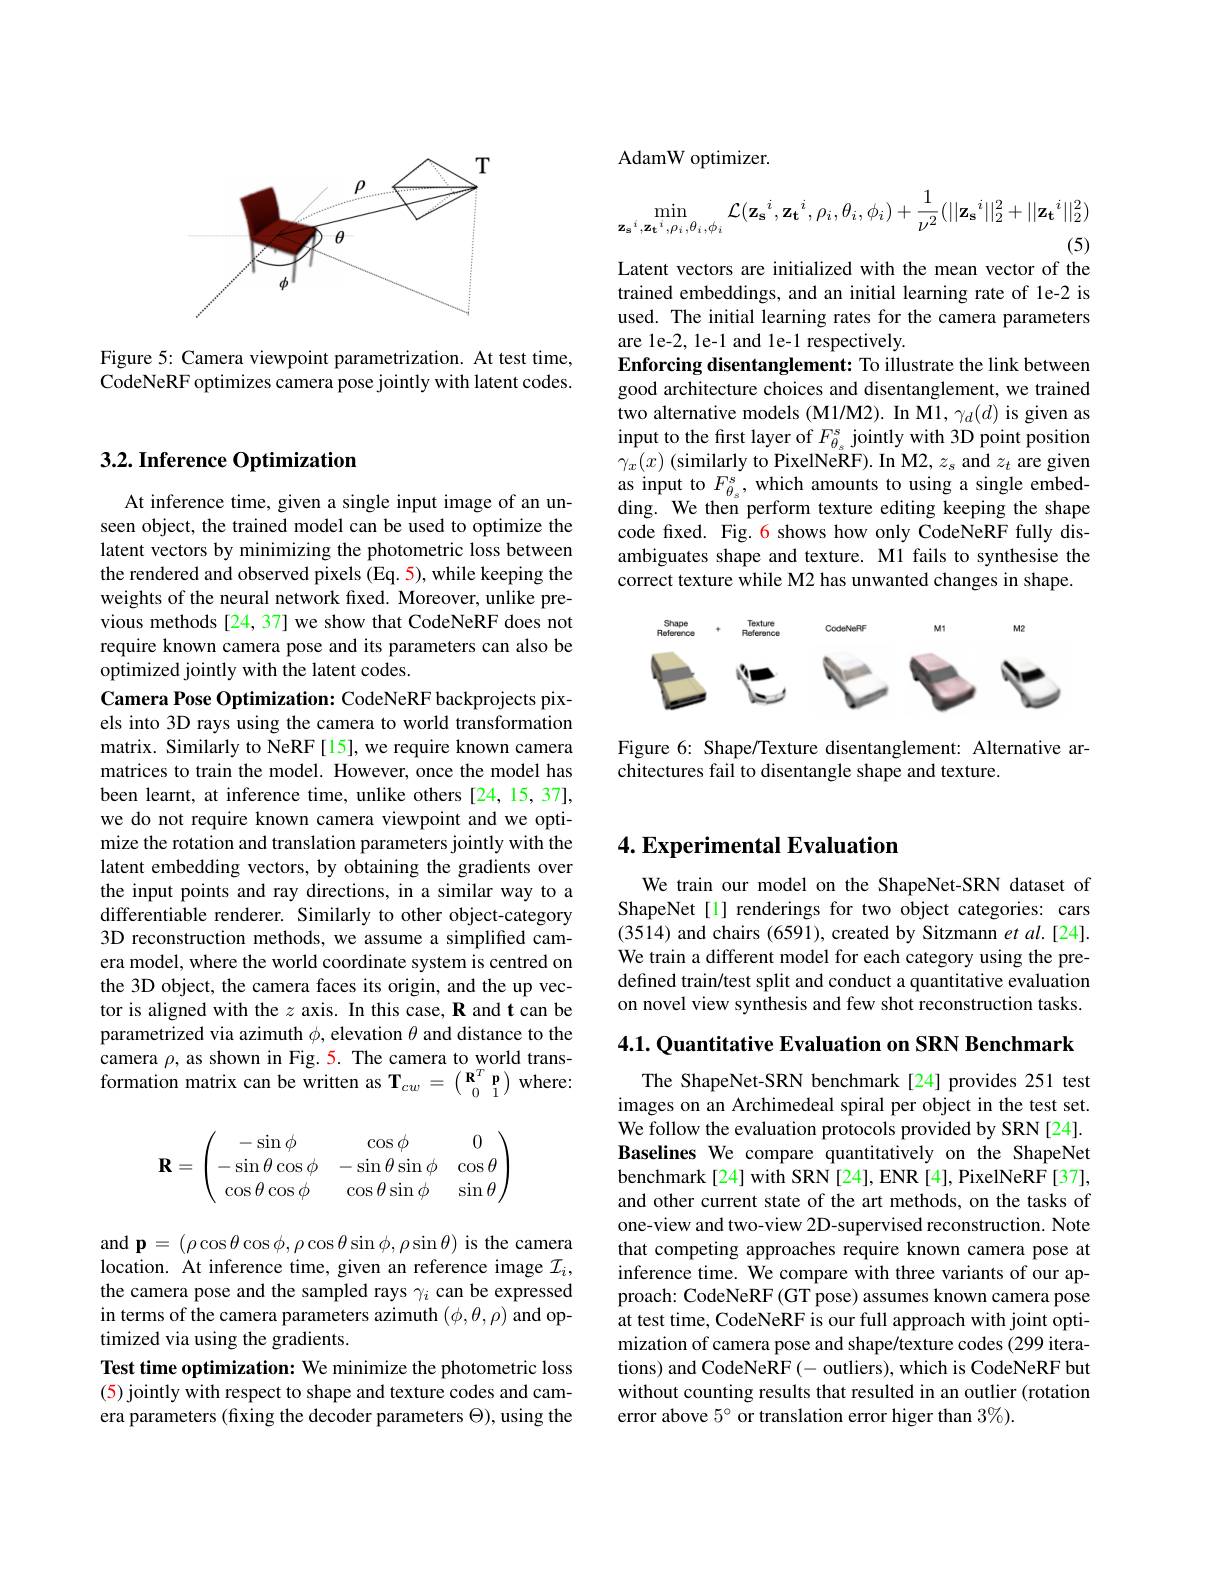
<FigureHere>

Figure 5: Camera viewpoint parametrization. At test time, CodeNeRF optimizes camera pose jointly with latent codes.

AdamW optimizer.
$$\min_{\mathbf{z_{s}}^{i},\mathbf{z_{t}}^{i},\rho_{i},\theta_{i},\phi_{i}}\mathcal{L}(\mathbf{z_{s}}^{i},\mathbf{z_{t}}^{i},\rho_{i},\theta_{i},\phi_{i})+\frac{1}{\nu^{2}}(||\mathbf{z_{s}}^{i}||_{2}^{2}+||\mathbf{z_{t}}^{i}||_{2}^{2})$$
(5)

Latent vectors are initialized with the mean vector of the trained embeddings, and an initial learning rate of 1e-2 is used. The initial learning rates for the camera parameters are le-2, le-1 and le-1 respectively.
Enforcing disentanglement: To illustrate the link between good architecture choices and disentanglement, we trained two alternative models (M1/M2). In M1, $\gamma_d(d)$ is given as input to the first layer of $F_{\theta_s}^{s}$ jointly with 3D point position $\gamma_{x}(x)$ (similarly to PixelNeRF). In M2, $z_s$ and $z_t$ are given as input to $F_{\theta_{s}}^{s}$, which amounts to using a single embedding. We then perform texture editing keeping the shape code fixed. Fig. 6 shows how only CodeNeRF fully disambiguates shape and texture. Ml fails to synthesise the correct texture while M2 has unwanted changes in shape.

<FigureHere>

Figure 6: Shape/Texture disentanglement: Alternative ar-
chitectures fail to disentangle shape and texture.

### $3. 2. \textbf{ Inference Optimization}$

At inference time, given a single input image of an unseen object, the trained model can be used to optimize the latent vectors by minimizing the photometric loss between the rendered and observed pixels (Eq. 5), while keeping the weights of the neural network fixed. Moreover, unlike previous methods [24, 37] we show that CodeNeRF does not require known camera pose and its parameters can also be optimized jointly with the latent codes.
Camera Pose Optimization: CodeNeRF backprojects pixels into 3D rays using the camera to world transformation matrix. Similarly to NeRF[15], we require known camera matrices to train the model. However, once the model has been learnt, at inference time, unlike others [24,15,37], we do not require known camera viewpoint and we optimize the rotation and translation parameters jointly with the latent embedding vectors, by obtaining the gradients over the input points and ray directions, in a similar way to a differentiable renderer. Similarly to other object-category 3D reconstruction methods, we assume a simplified camera model, where the world coordinate system is centred on the 3D object, the camera faces its origin, and the up vector is aligned with the $z$ axis. In this case, R and t can be parametrized via azimuth $\phi$, elevation $\theta$ and distance to the camera $\rho$, as shown in Fig. 5. The camera to world transformation matrix can be written as $\mathbf{T}_{cw}=\left(\begin{array}{cc}\mathbf{R}^{T}&\mathbf{p}\\0&1\end{array}\right)$ where:
$$\mathbf{R}=\begin{pmatrix}-\sin\phi&\cos\phi&0\\-\sin\theta\cos\phi&-\sin\theta\sin\phi&\cos\theta\\\cos\theta\cos\phi&\cos\theta\sin\phi&\sin\theta\end{pmatrix}$$
and $\mathbf{p}=(\rho\cos\theta\cos\phi,\rho\cos\theta\sin\phi,\rho\sin\theta)$ is the camera location. At inference time, given an reference image $\mathcal{I}_i$, the camera pose and the sampled rays $\gamma_i$ can be expressed in terms of the camera parameters azimuth $(\phi,\theta,\rho)$ and optimized via using the gradients.
Test time optimization: We minimize the photometric loss (5) jointly with respect to shape and texture codes and camera parameters (fixing the decoder parameters $\Theta)$, using the

## 4. Experimental Evaluation

We train our model on the ShapeNet-SRN dataset of ShapeNet[1] renderings for two object categories: cars (3514) and chairs (6591), created by Sitzmann et al.[24]. We train a different model for each category using the predefined train/test split and conduct a quantitative evaluation on novel view synthesis and few shot reconstruction tasks.

4.1. Quantitative Evaluation on SRN Benchmark

The ShapeNet-SRN benchmark[24] provides 251 test images on an Archimedeal spiral per object in the test set. We follow the evaluation protocols provided by SRN [24]. Baselines We compare quantitatively on the ShapeNet benchmark[24] with SRN[24], ENR[4], PixelNeRF[37], and other current state of the art methods, on the tasks of one-view and two-view 2D-supervised reconstruction. Note that competing approaches require known camera pose at inference time. We compare with three variants of our approach: CodeNeRF (GT pose) assumes known camera pose at test time, CodeNeRF is our full approach with joint optimization of camera pose and shape/texture codes (299 iterations) and CodeNeRF (- outliers), which is CodeNeRF but without counting results that resulted in an outlier (rotation error above $5^\circ$ or translation error higer than $3\%).$